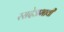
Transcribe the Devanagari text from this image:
रसदेअभावी